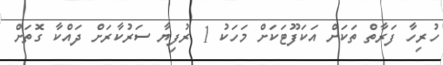
ހުރިހާ ފަރާތް ތަކަށް އަކަފޫޓަކަށް މަހަކު 1 ރުފިޔާ ސަރުކާރަށް ދައްކާ ގޮތަށް